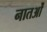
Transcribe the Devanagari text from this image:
नातओं